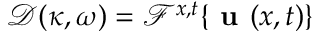
\mathcal { D } ( \kappa , \omega ) = \mathcal { F } ^ { x , t } \{ \textbf { u } ( x , t ) \}